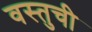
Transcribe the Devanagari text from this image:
वस्तुची